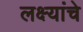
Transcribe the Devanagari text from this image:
लक्ष्यांचे